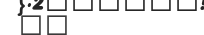
٢٦